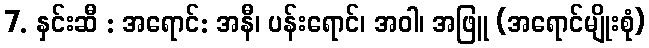
7. နှင်းဆီ : အရောင်: အနီ၊ ပန်းရောင်၊ အဝါ၊ အဖြူ (အရောင်မျိုးစုံ)